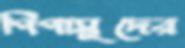
পিপাসুদের